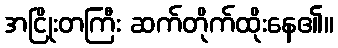
အငြိုးတကြီး ဆက်တိုက်ထိုးနေ၏။